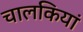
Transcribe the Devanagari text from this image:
चालकियां